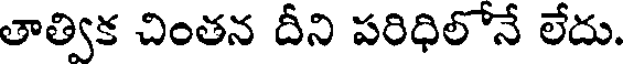
తాత్విక చింతన దీని పరిధిలోనే లేదు.